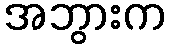
အဘွားက